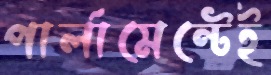
পার্লামেন্টেই